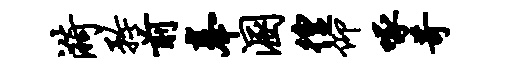
漪矜前奉溷徨仰啄苛